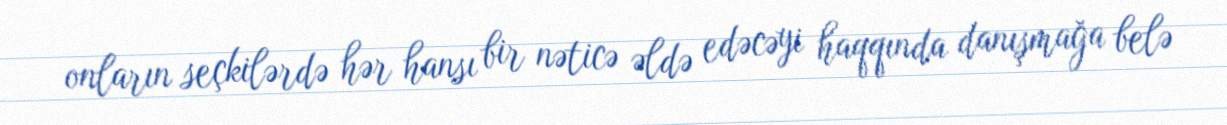
onların seçkilərdə hər hansı bir nəticə əldə edəcəyi haqqında danışmağa belə